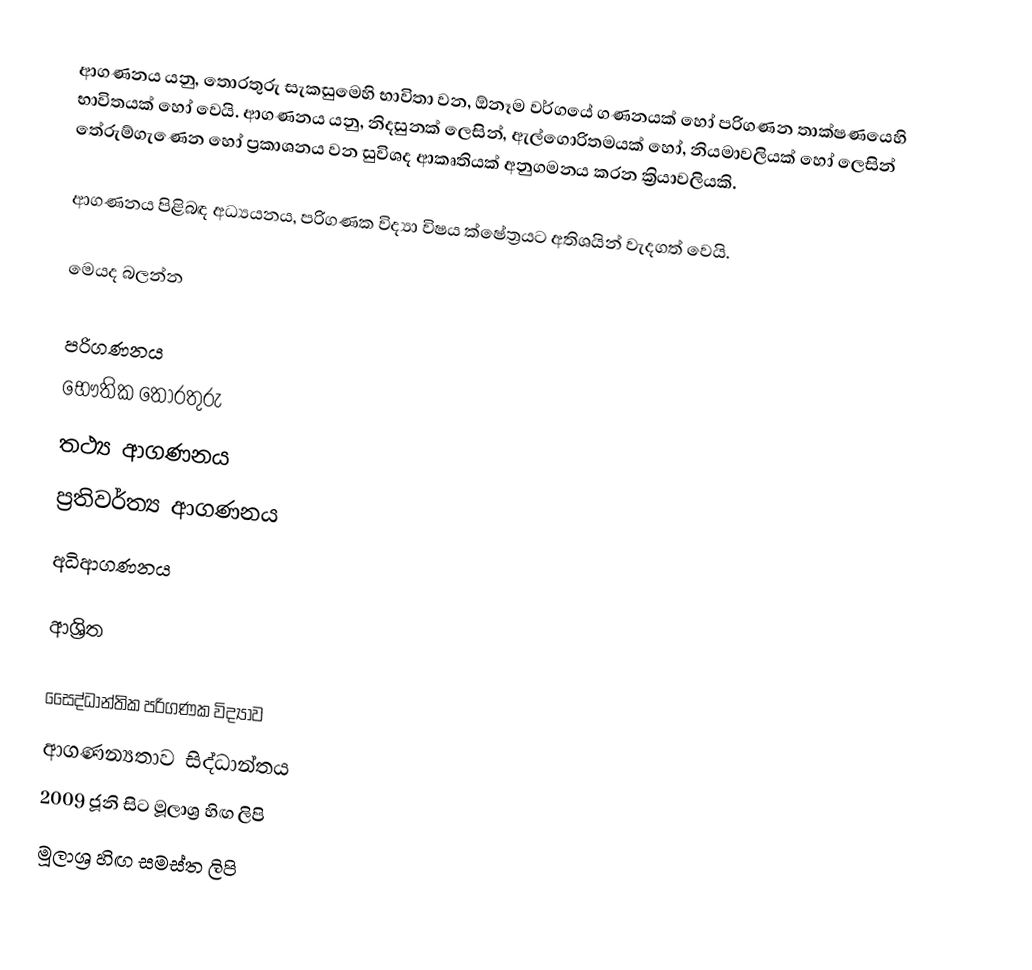
ආගණනය යනු,  තොරතුරු සැකසුමෙහි භාවිතා වන, ඕනෑම වර්ගයේ  ගණනයක් හෝ පරිගණන තාක්ෂණයෙහි භාවිතයක් හෝ වෙයි. ආගණනය යනු, නිදසුනක් ලෙසින්, ඇල්ගොරිතමයක් හෝ, නියමාවලියක් හෝ ලෙසින් තේරුම්ගැණෙන හෝ  ප්‍රකාශනය වන සුවිශද  ආකෘතියක් අනුගමනය කරන ක්‍රියාවලියකි.

ආගණනය පිළිබඳ අධ්‍යයනය,  පරිගණක විද්‍යා විෂය ක්ෂේත්‍රයට අතිශයින් වැදගත් වෙයි.

මෙයද බලන්න

 පරිගණනය
 භෞතික තොරතුරු
 තථ්‍ය ආගණනය
 ප්‍රතිවර්ත්‍ය ආගණනය
 අධිආගණනය

ආශ්‍රිත

සෛද්ධාන්තික පරිගණක විද්‍යාව
ආගණන්‍යතාව සිද්ධාන්තය
 2009 ජූනි සිට මූලාශ්‍ර හිඟ ලිපි
 මූලාශ්‍ර හිඟ සමස්ත ලිපි